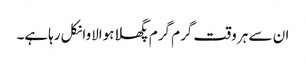
ان سے ہر وقت گرم گرم پگھلاہوالاوانکل رہاہے۔